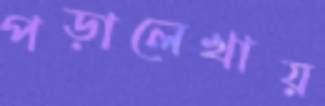
পড়ালেখায়